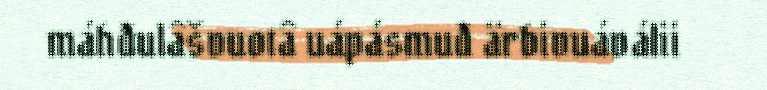
máhđulâšvuotâ uápásmuđ ärbivuáválii